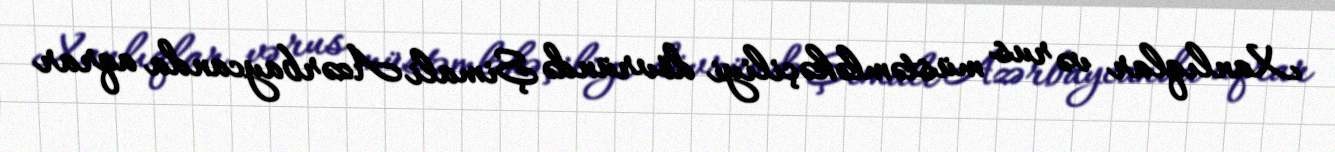
Xanlıqlar və rus müstəmləkəçiliyi dövründə Şimali Azərbaycanda aqrar